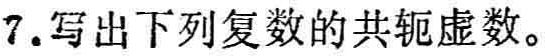
7.写出下列复数的共轭虚数。